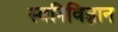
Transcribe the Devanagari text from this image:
स्वनिविज्ञान